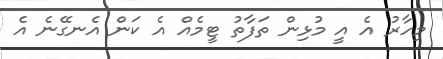
މިހާރު އެ އީ މުޅިން ތަފާތު ޓީމެއް އެ ކަން އެނގޭނެ އެ